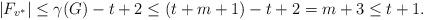
LaTeX: \begin{align*}|F_{v^*}|\leq\gamma(G)-t+2\leq(t+m+1)-t+2=m+3\leq t+1.\end{align*}